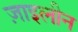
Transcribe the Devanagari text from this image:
ज़ाइलीन